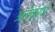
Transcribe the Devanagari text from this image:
अलेप्प्पो